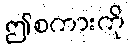
ဤစကားကို